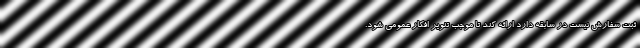
ثبت سفارش نیست در سابقه دارد ارائه کند تا موجب تنویر افکار عمومی شود.